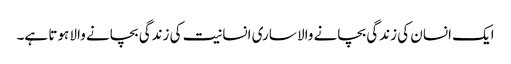
ایک انسان کی زندگی بچانے والا ساری انسانیت کی زندگی بچانے والا ہوتا ہے۔